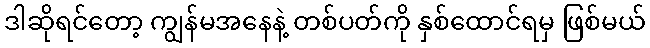
ဒါဆိုရင်တော့ ကျွန်မအနေနဲ့ တစ်ပတ်ကို နှစ်ထောင်ရမှ ဖြစ်မယ်